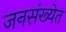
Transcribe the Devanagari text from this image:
जनसंख्येत